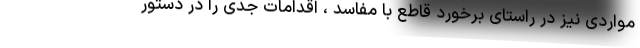
مواردی نیز در راستای برخورد قاطع با مفاسد ، اقدامات جدی را در دستور